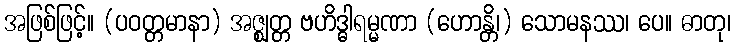
အဖြစ်ဖြင့်။ (ပဝတ္တမာနာ) အဇ္ဈတ္တ ဗဟိဒ္ဓါရမ္မဏာ (ဟောန္တိ၊) သောမနဿ၊ ပေ။ ဓာတု၊